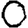
Digit: 0